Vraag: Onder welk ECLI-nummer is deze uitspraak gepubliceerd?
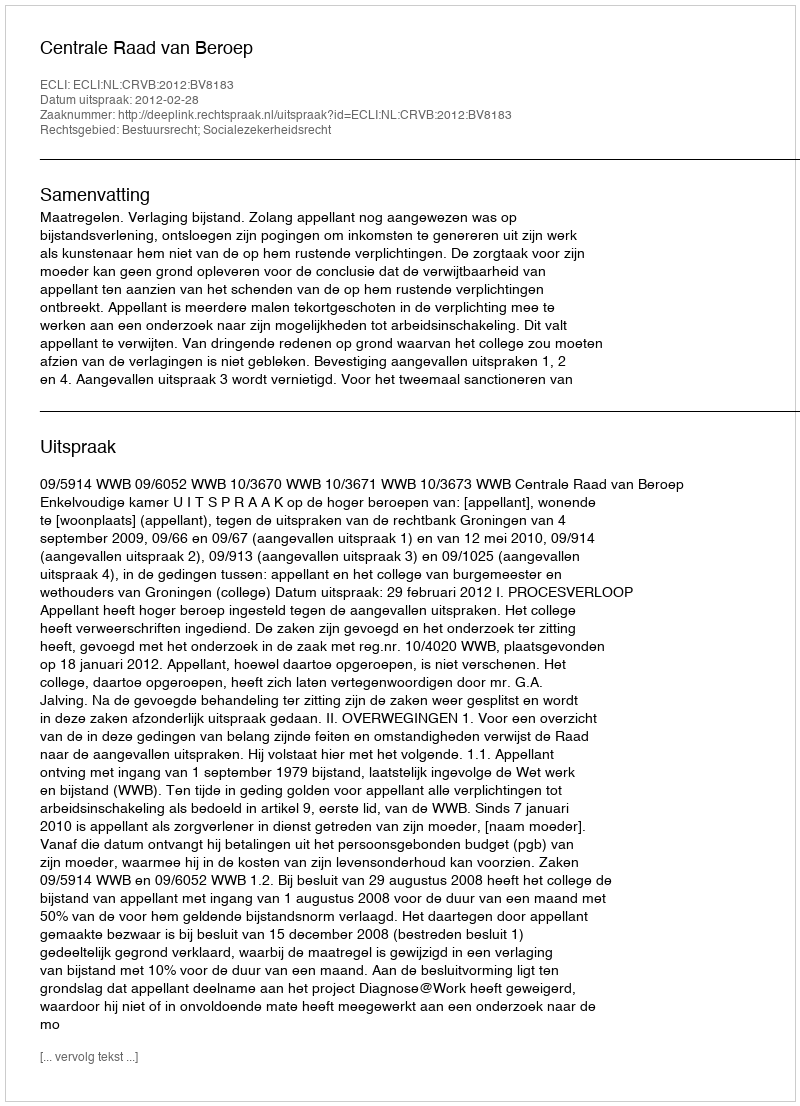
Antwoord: ECLI:NL:CRVB:2012:BV8183